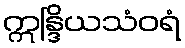
ဣန္ဒြိယသံဝရံ